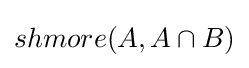
shmore(A,A\cap B)